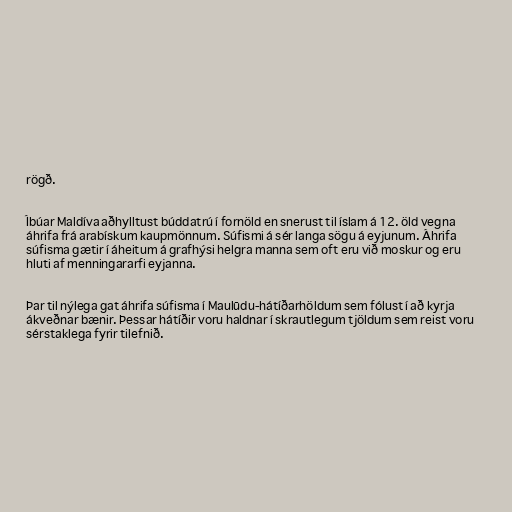
rögð.

Íbúar Maldíva aðhylltust búddatrú í fornöld en snerust til íslam á 12. öld vegna
áhrifa frá arabískum kaupmönnum. Súfismi á sér langa sögu á eyjunum. Áhrifa
súfisma gætir í áheitum á grafhýsi helgra manna sem oft eru við moskur og eru
hluti af menningararfi eyjanna.

Þar til nýlega gat áhrifa súfisma í Maulūdu-hátíðarhöldum sem fólust í að kyrja
ákveðnar bænir. Þessar hátíðir voru haldnar í skrautlegum tjöldum sem reist voru
sérstaklega fyrir tilefnið.